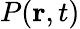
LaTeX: P({\mathbf r},t)